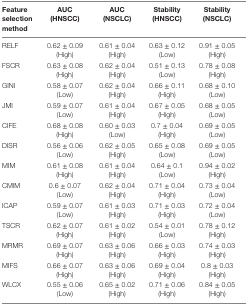
<table><thead><tr><td><b>Feature selection method</b></td><td><b>AUC (HNSCC)</b></td><td><b>AUC (NSCLC)</b></td><td><b>Stability (HNSCC)</b></td><td><b>Stability (NSCLC)</b></td></tr></thead><tbody><tr><td>RELF</td><td>0.62 ± 0.09 (High)</td><td>0.61 ± 0.04 (High)</td><td>0.63 ± 0.12 (Low)</td><td>0.91 ± 0.05 (High)</td></tr><tr><td>FSCR</td><td>0.63 ± 0.08 (High)</td><td>0.62 ± 0.04 (High)</td><td>0.51 ± 0.13 (Low)</td><td>0.78 ± 0.08 (High)</td></tr><tr><td>GINI</td><td>0.58 ± 0.07 (Low)</td><td>0.62 ± 0.04 (High)</td><td>0.66 ± 0.11 (High)</td><td>0.68 ± 0.10 (Low)</td></tr><tr><td>JMI</td><td>0.59 ± 0.07 (Low)</td><td>0.61 ± 0.04 (High)</td><td>0.67 ± 0.05 (High)</td><td>0.68 ± 0.05 (Low)</td></tr><tr><td>CIFE</td><td>0.68 ± 0.08 (High)</td><td>0.60 ± 0.03 (Low)</td><td>0.7 ± 0.04 (High)</td><td>0.69 ± 0.05 (Low)</td></tr><tr><td>DISR</td><td>0.56 ± 0.06 (Low)</td><td>0.62 ± 0.05 (High)</td><td>0.65 ± 0.08 (Low)</td><td>0.69 ± 0.05 (Low)</td></tr><tr><td>MIM</td><td>0.61 ± 0.08 (High)</td><td>0.61 ± 0.04 (High)</td><td>0.64 ± 0.1 (Low)</td><td>0.94 ± 0.02 (High)</td></tr><tr><td>CMIM</td><td>0.6 ± 0.07 (Low)</td><td>0.62 ± 0.04 (High)</td><td>0.71 ± 0.04 (High)</td><td>0.73 ± 0.04 (Low)</td></tr><tr><td>ICAP</td><td>0.59 ± 0.07 (Low)</td><td>0.61 ± 0.03 (High)</td><td>0.71 ± 0.03 (High)</td><td>0.72 ± 0.04 (Low)</td></tr><tr><td>TSCR</td><td>0.62 ± 0.07 (High)</td><td>0.61 ± 0.02 (High)</td><td>0.54 ± 0.01 (Low)</td><td>0.78 ± 0.12 (High)</td></tr><tr><td>MRMR</td><td>0.69 ± 0.07 (High)</td><td>0.63 ± 0.06 (High)</td><td>0.66 ± 0.03 (High)</td><td>0.74 ± 0.03 (High)</td></tr><tr><td>MIFS</td><td>0.66 ± 0.07 (High)</td><td>0.63 ± 0.06 (High)</td><td>0.69 ± 0.04 (High)</td><td>0.8 ± 0.03 (High)</td></tr><tr><td>WLCX</td><td>0.55 ± 0.06 (Low)</td><td>0.65 ± 0.02 (High)</td><td>0.71 ± 0.06 (High)</td><td>0.84 ± 0.05 (High)</td></tr></tbody></table>